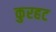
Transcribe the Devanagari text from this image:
कुरहट